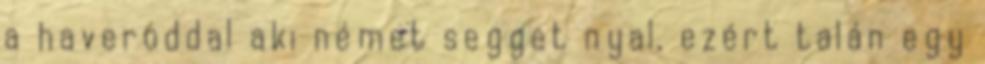
a haveroddal aki német segget nyal, ezért talán egy